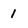
Character: 1